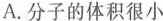
A.分子的体积很小